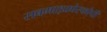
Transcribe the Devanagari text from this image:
सबमाइक्रोस्कोपी